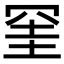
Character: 𭁹